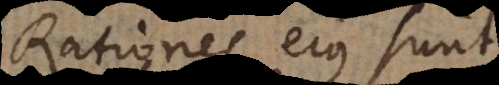
Rationes ejus sunt,